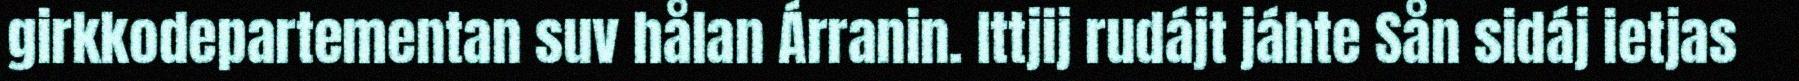
girkkodepartementan suv hålan Árranin. Ittjij rudájt jáhte Sån sidáj ietjas